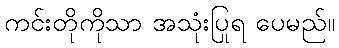
ကင်းတိုကိုသာ အသုံးပြုရ ပေမည်။